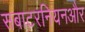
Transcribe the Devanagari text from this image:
सबाटरनियनऔर